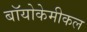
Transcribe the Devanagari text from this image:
बॉयोकेमीकल